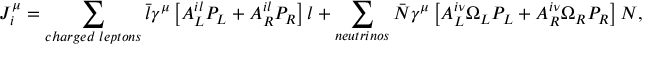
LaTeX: J _ { i } ^ { \mu } = \sum _ { c h a r g e d \; l e p t o n s } \bar { l } { \gamma } ^ { \mu } \left[ A _ { L } ^ { i l } P _ { L } + A _ { R } ^ { i l } P _ { R } \right] l + \sum _ { n e u t r i n o s } \bar { N } { \gamma } ^ { \mu } \left[ A _ { L } ^ { i \nu } \Omega _ { L } P _ { L } + A _ { R } ^ { i \nu } \Omega _ { R } P _ { R } \right] N ,